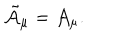
LaTeX: { \tilde { \cal A } } _ { \mu } = { \cal A } _ { \mu } .